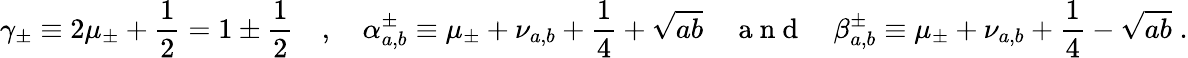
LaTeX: \gamma_{\pm}\equiv 2\mu_{\pm}+\frac{1}{2}=1\pm\frac{1}{2}\quad,\quad\alpha_{a,b}^{\pm}\equiv\mu_{\pm}+\nu_{a,b}+\frac{1}{4}+\sqrt{ab}\quad\mathrm{~a~n~d~}\quad\beta_{a,b}^{\pm}\equiv\mu_{\pm}+\nu_{a,b}+\frac{1}{4}-\sqrt{ab}\; .